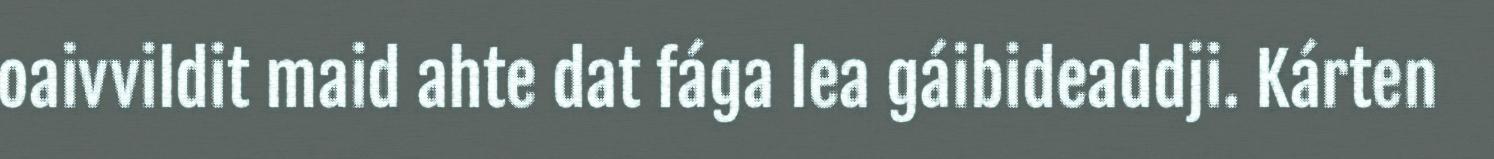
oaivvildit maid ahte dat fága lea gáibideaddji. Kárten